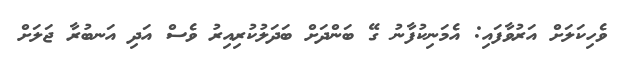
ވެހިކަލަށް އަރުވާފައި: އެމަނިކުފާނު ގޭ ބަންދަށް ބަދަލުކުރިއިރު ވެސް އަދި އަނބުރާ ޖަލަށް